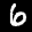
Label: 6